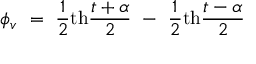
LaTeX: \phi _ { v } ~ = ~ { \frac { 1 } { 2 } } \mathrm { t h } { \frac { t + \alpha } { 2 } } ~ - ~ { \frac { 1 } { 2 } } \mathrm { t h } { \frac { t - \alpha } { 2 } }